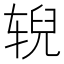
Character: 𫐐